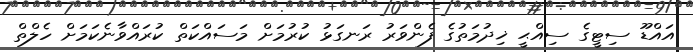
އައްޑޫ ސިޓީގެ ސިއްޙީ ޚިދުމަތުގެ ފެންވަރު ރަނގަޅު ކުރުމަށް މަސައްކަތް ކުރައްވާނެކަމަށް ހެލްތް